Eestimaa_Kommunistliku_Partei_Keskkomitee, lk 111
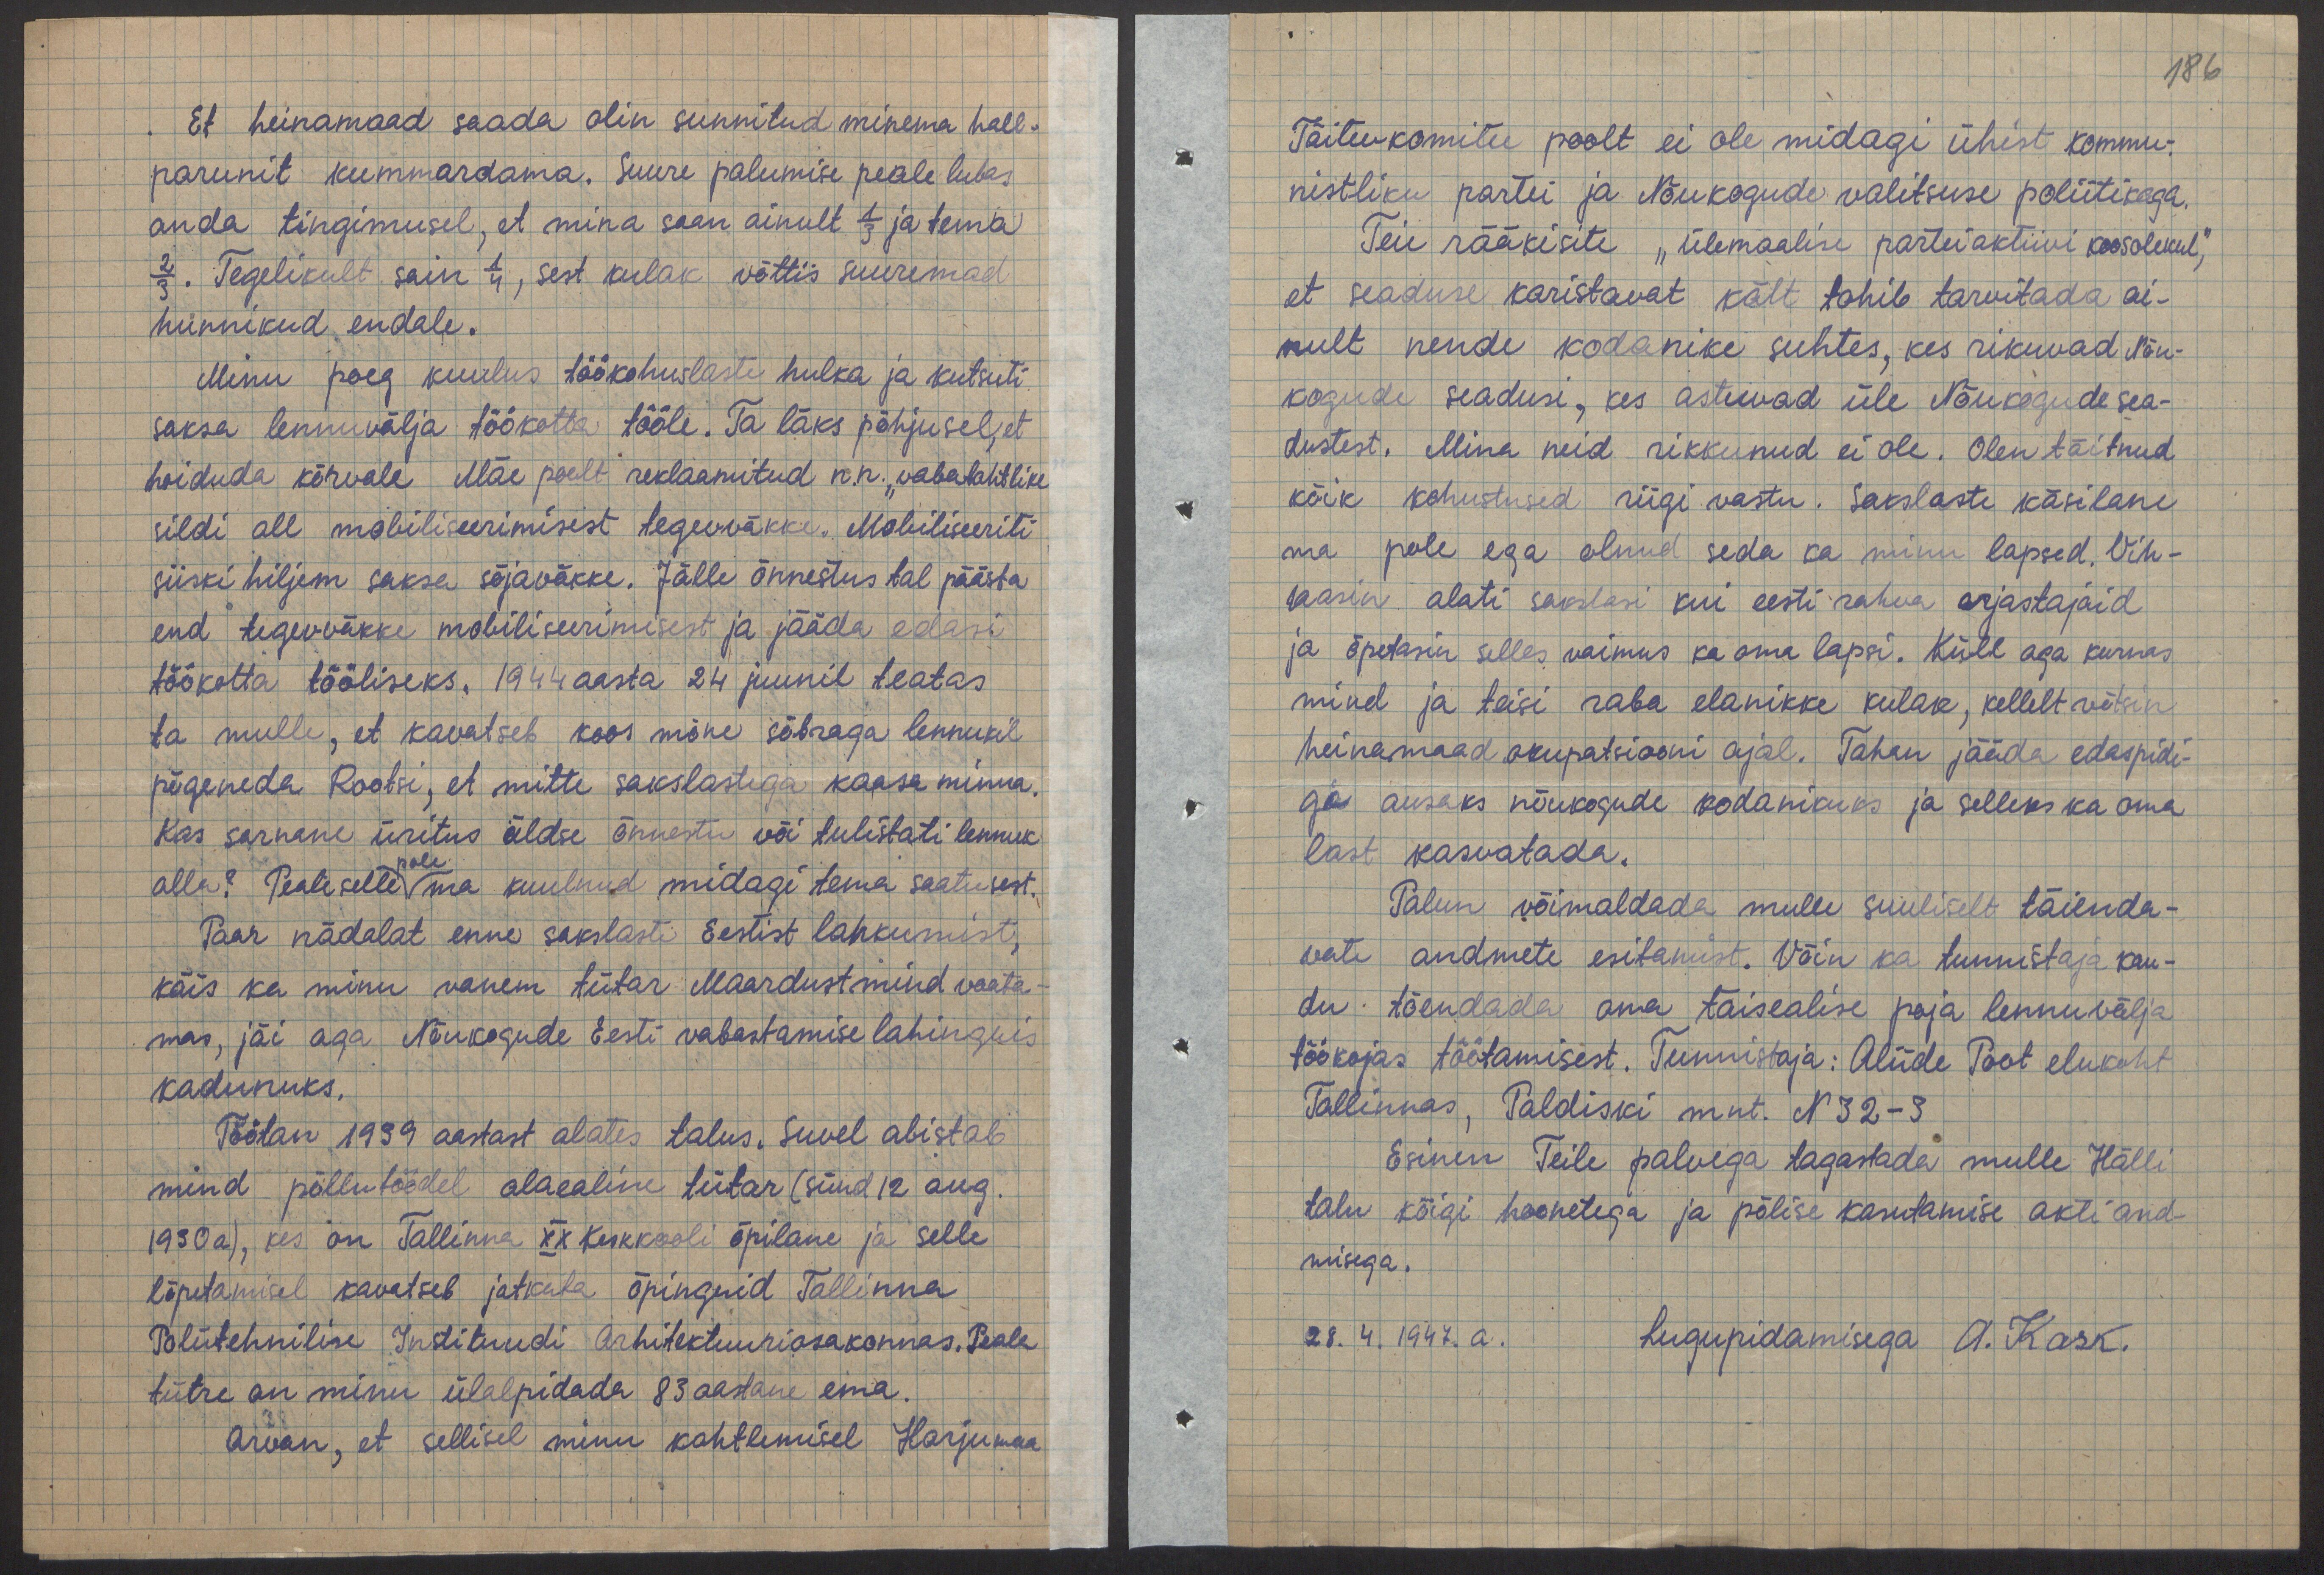
Et heinamaad saada olin sunnitud minema hall-
parunit kummardama. Suure palumise peale lubas
anda tingimusel, et mina saan ainult 1/3 ja tema
2/3. Tegelikult sain 1/4, sest kulak võttis suuremad
hunnikud endale.
Minu poeg kuulus töökohuslaste hulka ja kutsuti,
saksa lennuvälja töökotta tööle. Ta läks põhjusel, et
hoiduda kõrvale Mäe poolt reklaamitud n.n. "vabatahtlike
sildi all mobiliseerimisest tegevväkke. Mobiliseeriti
siiski hiljem saksa sõjaväkke. Jälle õnnestus tal päästa
end tegevväkke mobiliseerimisest ja jääda edasi
töökotta tööliseks. 1944 aasta 24 juunil teatas
ta mulle, et kavatseb koos mõne sõbraga lennukil
põgeneda Rootsi, et mitte sakslastega kaasa minna.
Kas sarnane üritus üldse õnnestu või tulistati lennuk
alla? Peale selle pole ma kuulnud midagi tema saatusest.
Paar nädalat enne sakslaste Eestist lahkumist,
käis ka minu vanem tütar Maardust mind vaata-
mas, jäi aga Nõukogude Eesti vabastamise lahinguis
kadunuks.
Töötan 1939 aastast alates talus. Suvel abistab
mind põllutöödel alaealine tütar (sünd 12 aug
1930a), kes on Tallinna XX keskkooli õpilane ja selle
lõpetamisel kavatseb jatkata õpinguid Tallinna
Polütehnilise Instituudi Arhitektuuriosakonnas. Peale
tütre on minu ülalpidada 83 aastane ema.
Arvan, et sellisel minu kohtlemisel Harjumaa

186
Täitevkomitee poolt ei ole midagi ühist kommu-
nistliku partei ja Nõukogude valitsuse poliitikaga.
Teie rääkisite "ülemaalise parteiaktiivi koosolekul,"
et seaduse karistavat kätt tohib tarvitada ai-
kult nende kodanike suhtes, kes rikuvad Nõu-
kogude seadusi, kes astuvad üle Nõukogude sea-
dustest. Mina neid rikkunud ei ole. Olen täitnud
kõik kohustused riigi vastu. Sakslaste käsilane
ma pole ega olnud seda ka minu lapsed. Vih-
kasin alati sakslasi kui eesti rahva orjastajaid
ja õpetasin selles vaimus ka oma lapsi. Küll aga kurnas
mind ja teisi raba elanikke kulak, kellelt võtsin
heinamaad okupatsiooni ajal. Tahan jääda edaspidi-
gi ausaks nõukogude kodanikuks ja selleks ka oma
last kasvatada.
Palun võimaldada mulle suuliselt täienda-
vate andmete esitamist. Võin ka tunnistaja kau-
du tõendada oma täisealise poja lennuvälja
töökojas töötamisest. Tunnistaja: Aliide Post elukoht
Tallinnas, Paldiski mnt. N32-3
Esinen Teile palvega tagastada mulle Hälli
talu kõigi hoonetega ja põlise kasutamise akti and-
misega.
28.4.1947.a. Lugupidamisega A. Kask.